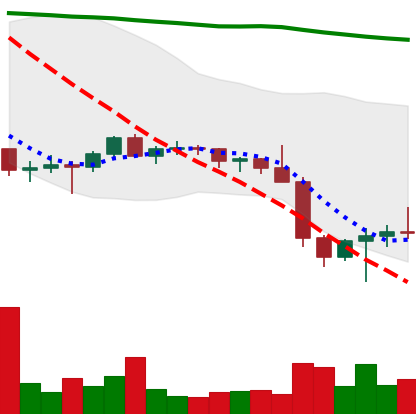
Ticker: BTC-USD
Chart end date: 2022-01-26
Forward return: 4.426%
Label: up_3_5